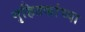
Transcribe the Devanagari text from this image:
गृहितकांच्या